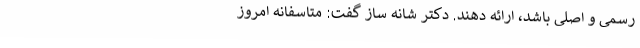
رسمی و اصلی باشد، ارائه دهند. دکتر شانه‌ ساز گفت: متاسفانه امروز